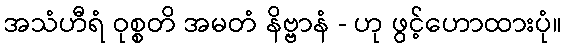
အသံဟီရံ ဝုစ္စတိ အမတံ နိဗ္ဗာနံ - ဟု ဖွင့်ဟောထားပုံ။